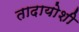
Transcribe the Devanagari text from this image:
तादायोशी